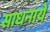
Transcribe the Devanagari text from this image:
साधनायें